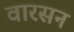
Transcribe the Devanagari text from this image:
वारसन